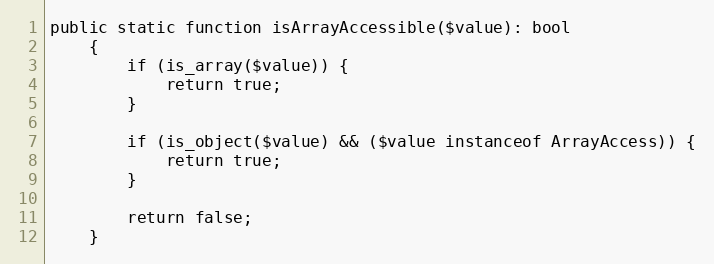
Language: PHP
public static function isArrayAccessible($value): bool
    {
        if (is_array($value)) {
            return true;
        }

        if (is_object($value) && ($value instanceof ArrayAccess)) {
            return true;
        }

        return false;
    }